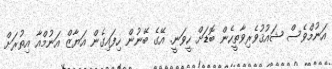
އަނުމްވެސް ޝައުޤުވެރިވާތީހެން ބޮޑަށް ހީވަނީ. އޭގެ ބޭނުން ހިފައިގެން އަޔާޒް އަނުމްއާ އިތުރަށް